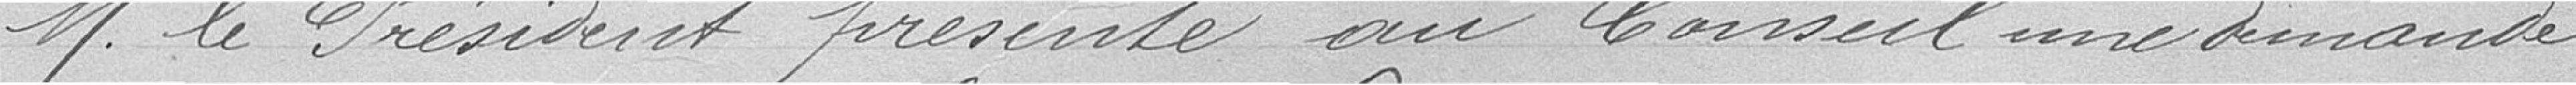
M. le Président au Conseil une demande